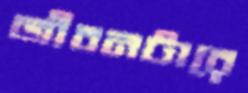
জীবনটারে